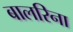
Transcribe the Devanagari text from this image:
बालरिना